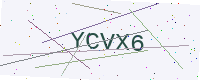
Text: YCVX6